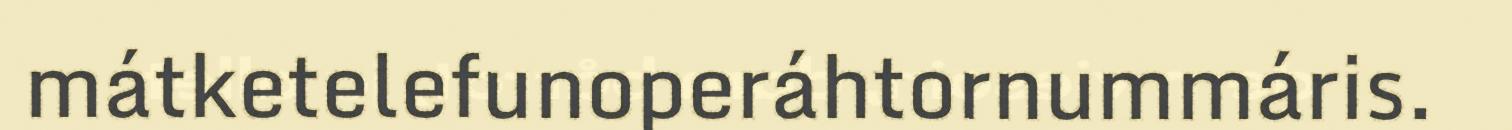
mátketelefunoperáhtornummáris.